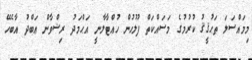
މިމައްސަލަ ތަޙުޤީޤު ކުރުމުގެ މަސައްކަތް ފުލުހުން ހުއްޓާލާނީ އަޙްމަދު ރިޟްވާން ޢަބްދު އާބެހޭ